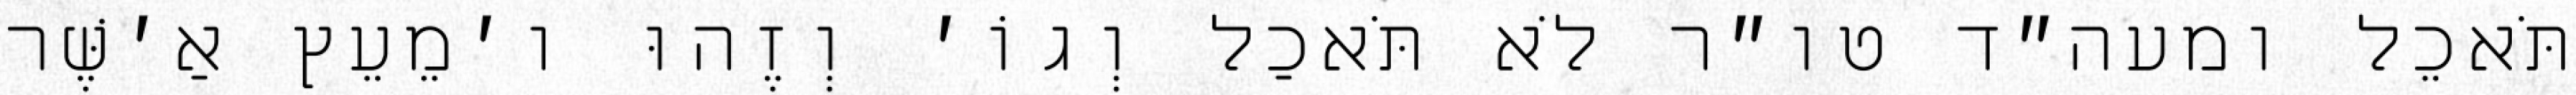
תֹּאכֵל ומעה״ד טו״ר לֹא תֹּאכַל וְגוֹ׳ וְזֶהוּ ו׳מֵעֵץ אַ׳שֶּׁר